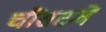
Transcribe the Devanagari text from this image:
चौंसठवें